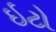
ઇટો